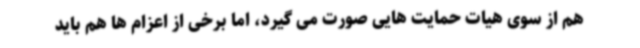
هم از سوی هیات حمایت هایی صورت می گیرد، اما برخی از اعزام ها هم باید